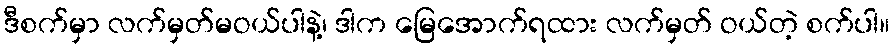
ဒီစက်မှာ လက်မှတ်မဝယ်ပါနဲ့၊ ဒါက မြေအောက်ရထား လက်မှတ် ဝယ်တဲ့ စက်ပါ။